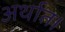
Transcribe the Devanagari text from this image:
अर्थात।